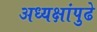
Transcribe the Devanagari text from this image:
अध्यक्षांपुढे